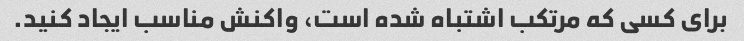
برای کسی که مرتکب اشتباه شده است، واکنش مناسب ایجاد کنید.